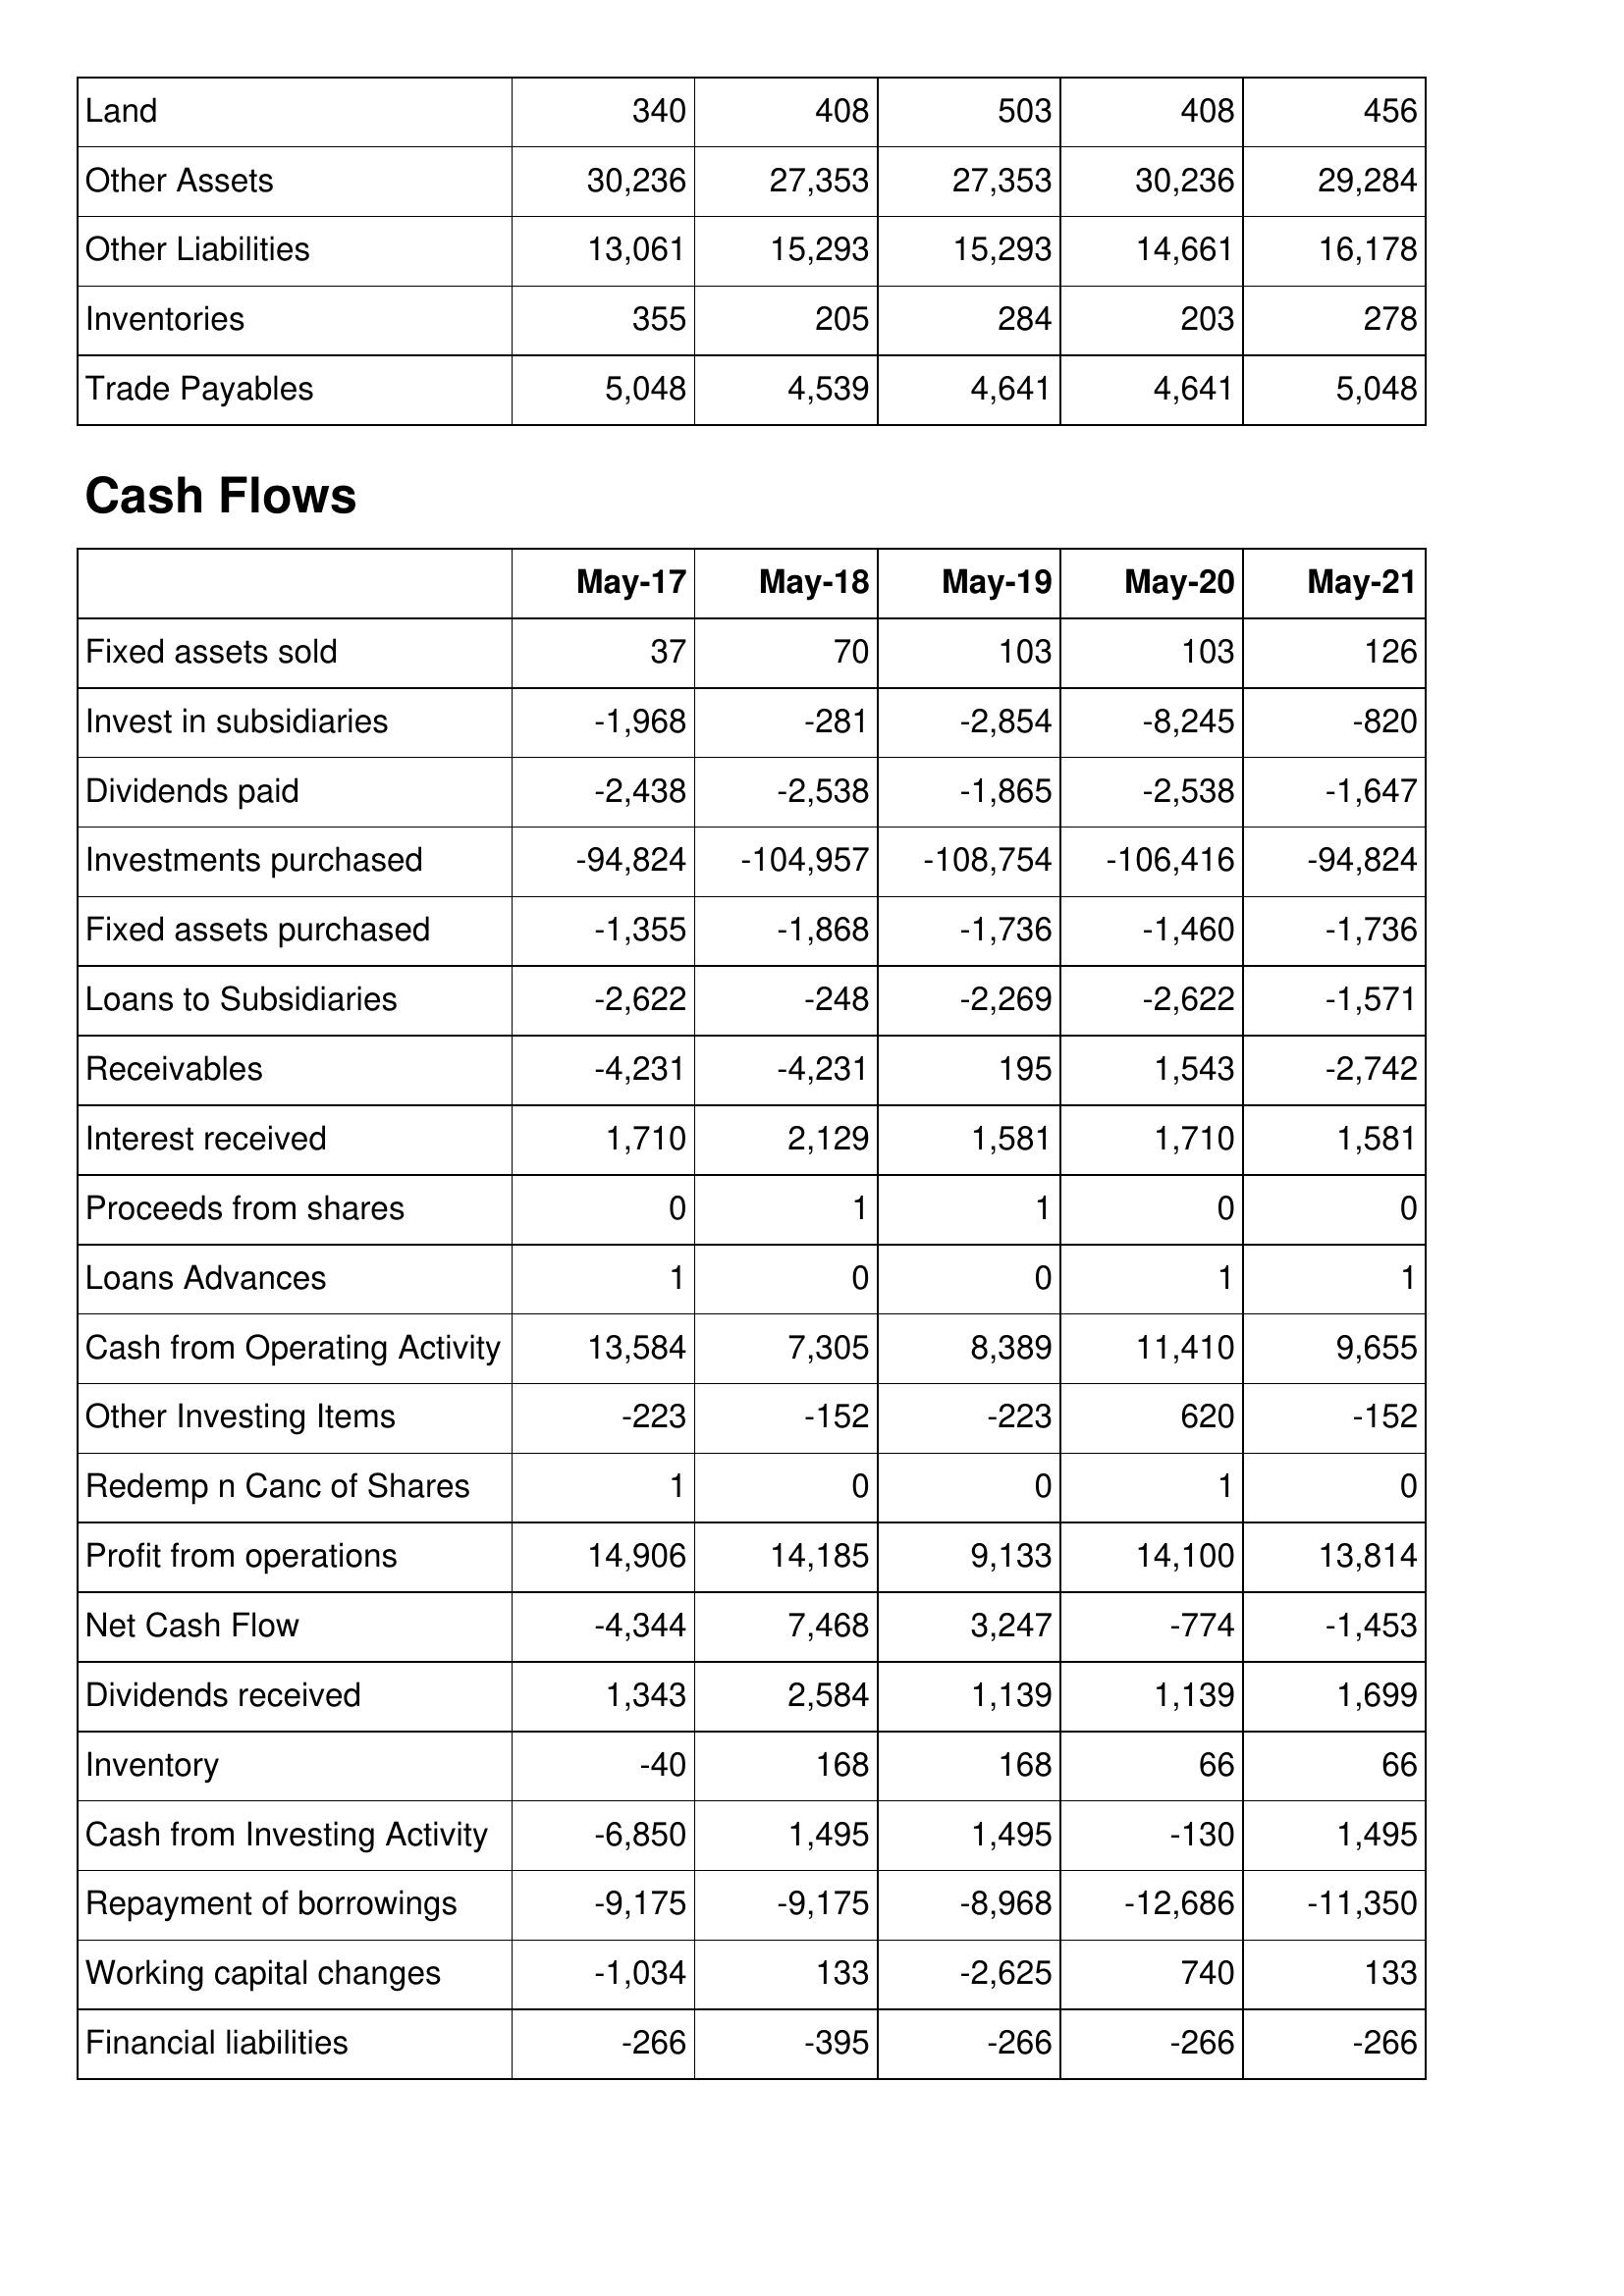
May-17: Balance Sheet: Land: 340
Other Assets: 30,236
Other Liabilities: 13,061
Inventories: 355
Trade Payables: 5,048
Cash Flows: Fixed assets sold: 37
Invest in subsidiaries: -1,968
Dividends paid: -2,438
Investments purchased: -94,824
Fixed assets purchased: -1,355
Loans to Subsidiaries: -2,622
Receivables: -4,231
Interest received: 1,710
Proceeds from shares: 0
Loans Advances: 1
Cash from Operating Activity: 13,584
Other Investing Items: -223
Redemp n Canc of Shares: 1
Profit from operations: 14,906
Net Cash Flow: -4,344
Dividends received: 1,343
Inventory: -40
Cash from Investing Activity: -6,850
Repayment of borrowings: -9,175
Working capital changes: -1,034
Financial liabilities: -266
May-18: Balance Sheet: Land: 408
Other Assets: 27,353
Other Liabilities: 15,293
Inventories: 205
Trade Payables: 4,539
Cash Flows: Fixed assets sold: 70
Invest in subsidiaries: -281
Dividends paid: -2,538
Investments purchased: -104,957
Fixed assets purchased: -1,868
Loans to Subsidiaries: -248
Receivables: -4,231
Interest received: 2,129
Proceeds from shares: 1
Loans Advances: 0
Cash from Operating Activity: 7,305
Other Investing Items: -152
Redemp n Canc of Shares: 0
Profit from operations: 14,185
Net Cash Flow: 7,468
Dividends received: 2,584
Inventory: 168
Cash from Investing Activity: 1,495
Repayment of borrowings: -9,175
Working capital changes: 133
Financial liabilities: -395
May-19: Balance Sheet: Land: 503
Other Assets: 27,353
Other Liabilities: 15,293
Inventories: 284
Trade Payables: 4,641
Cash Flows: Fixed assets sold: 103
Invest in subsidiaries: -2,854
Dividends paid: -1,865
Investments purchased: -108,754
Fixed assets purchased: -1,736
Loans to Subsidiaries: -2,269
Receivables: 195
Interest received: 1,581
Proceeds from shares: 1
Loans Advances: 0
Cash from Operating Activity: 8,389
Other Investing Items: -223
Redemp n Canc of Shares: 0
Profit from operations: 9,133
Net Cash Flow: 3,247
Dividends received: 1,139
Inventory: 168
Cash from Investing Activity: 1,495
Repayment of borrowings: -8,968
Working capital changes: -2,625
Financial liabilities: -266
May-20: Balance Sheet: Land: 408
Other Assets: 30,236
Other Liabilities: 14,661
Inventories: 203
Trade Payables: 4,641
Cash Flows: Fixed assets sold: 103
Invest in subsidiaries: -8,245
Dividends paid: -2,538
Investments purchased: -106,416
Fixed assets purchased: -1,460
Loans to Subsidiaries: -2,622
Receivables: 1,543
Interest received: 1,710
Proceeds from shares: 0
Loans Advances: 1
Cash from Operating Activity: 11,410
Other Investing Items: 620
Redemp n Canc of Shares: 1
Profit from operations: 14,100
Net Cash Flow: -774
Dividends received: 1,139
Inventory: 66
Cash from Investing Activity: -130
Repayment of borrowings: -12,686
Working capital changes: 740
Financial liabilities: -266
May-21: Balance Sheet: Land: 456
Other Assets: 29,284
Other Liabilities: 16,178
Inventories: 278
Trade Payables: 5,048
Cash Flows: Fixed assets sold: 126
Invest in subsidiaries: -820
Dividends paid: -1,647
Investments purchased: -94,824
Fixed assets purchased: -1,736
Loans to Subsidiaries: -1,571
Receivables: -2,742
Interest received: 1,581
Proceeds from shares: 0
Loans Advances: 1
Cash from Operating Activity: 9,655
Other Investing Items: -152
Redemp n Canc of Shares: 0
Profit from operations: 13,814
Net Cash Flow: -1,453
Dividends received: 1,699
Inventory: 66
Cash from Investing Activity: 1,495
Repayment of borrowings: -11,350
Working capital changes: 133
Financial liabilities: -266